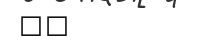
٦٣